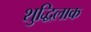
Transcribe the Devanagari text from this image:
शुद्धिलाक